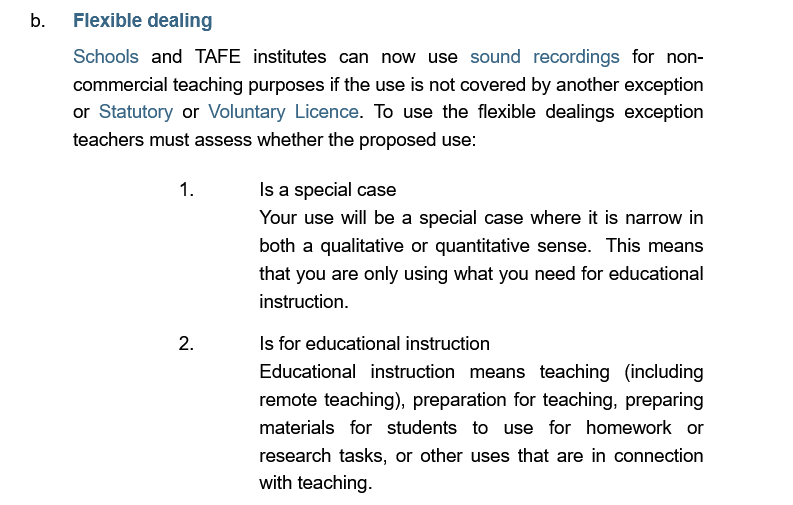
b.  Flexible dealing
     Schools and TAFE institutes can now use sound  recordings for non-
     commercial teaching purposes if the use is not covered by another exception
     or Statutory or Voluntary Licence. To use the flexible dealings exception
     teachers must assess whether the proposed use:
     Is a special case
     Is for educational instruction
     Educational instruction means teaching (including
     remote teaching), preparation for teaching, preparing
     materials for students to use for homework  or
     research tasks, or other uses that are in connection
     with teaching.
     Your use will be a special case where it is narrow in
     both a qualitative or quantitative sense. This means
     that you are only using what you need for educational
     instruction.